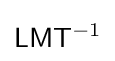
{\mathsf {L}}{\mathsf {M}}{\mathsf {T}}^{-1}